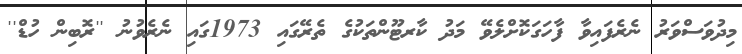
މިދުވަސްވަރު ނެރެފައިވާ ފާހަގަކޮށްލެވޭ މަދު ކާރޓޫންތަކުގެ ތެރޭގައި 1973ގައި ނެރެވުނު ''ރޮބިން ހުޑް''